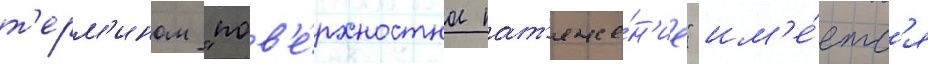
т'ерм'ином "пов'е́рхностное нат'яже́н'ие" им'е́етс'я